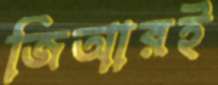
জিআরই